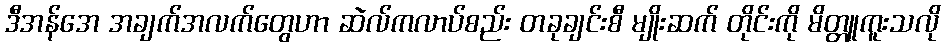
ဒီအန်အေ အချက်အလက်တွေဟာ ဆဲလ်ကလာပ်စည်း တခုချင်းစီ မျိုးဆက် တိုင်းကို မိတ္တူကူးသလို